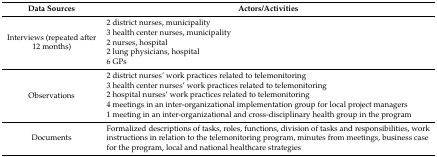
<table><thead><tr><td><b>Data Sources</b></td><td><b>Actors/Activities</b></td></tr></thead><tbody><tr><td rowspan="5">Interviews (repeated after 12 months)</td><td>2 district nurses, municipality</td></tr><tr><td>3 health center nurses, municipality</td></tr><tr><td>2 nurses, hospital</td></tr><tr><td>2 lung physicians, hospital</td></tr><tr><td>6 GPs</td></tr><tr><td rowspan="5">Observations</td><td>2 district nurses’ work practices related to telemonitoring</td></tr><tr><td>3 health center nurses’ work practices related to telemonitoring</td></tr><tr><td>2 hospital nurses’ work practices related to telemonitoring</td></tr><tr><td>4 meetings in an inter-organizational implementation group for local project managers</td></tr><tr><td>1 meeting in an inter-organizational and cross-disciplinary health group in the program</td></tr><tr><td>Documents</td><td>Formalized descriptions of tasks, roles, functions, division of tasks and responsibilities, work instructions in relation to the telemonitoring program, minutes from meetings, business case for the program, local and national healthcare strategies</td></tr></tbody></table>